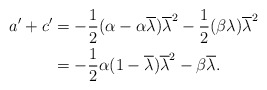
\begin{align*} a'+c' &= - \frac{1}{2}(\alpha - \alpha \overline{\lambda} )\overline{\lambda}^2 - \frac{1}{2}(\beta \lambda )\overline{\lambda}^2 \\ &= - \frac{1}{2}\alpha(1 - \overline{\lambda} )\overline{\lambda}^2 - \beta\overline{\lambda}. \end{align*}